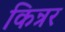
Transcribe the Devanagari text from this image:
किन्रर